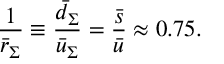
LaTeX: \frac { 1 } { \bar { r } _ { \Sigma } } \equiv \frac { \bar { d } _ { \Sigma } } { \bar { u } _ { \Sigma } } = \frac { \bar { s } } { \bar { u } } \approx 0 . 7 5 .